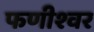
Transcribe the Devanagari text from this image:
फणीश्‍वर